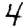
Digit: 4